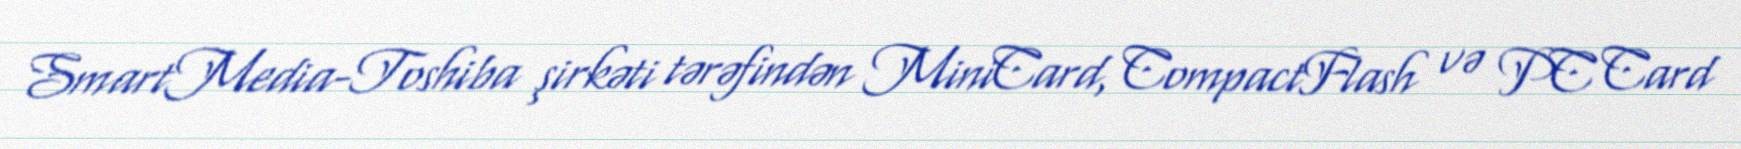
SmartMedia-Toshiba şirkəti tərəfindən MiniCard, CompactFlash və PC Card